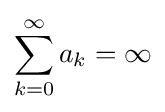
\sum _{k=0}^{\infty }a_{k}=\infty